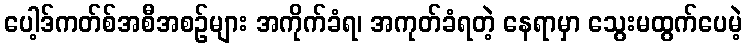
ပေါ့ဒ်ကတ်စ်အစီအစဉ်များ အကိုက်ခံရ၊ အကုတ်ခံရတဲ့ နေရာမှာ သွေးမထွက်ပေမဲ့